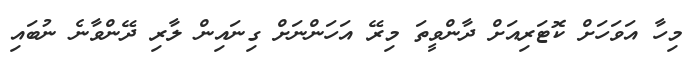
މިހާ އަވަހަށް ކޮޓަރިއަށް ދާންވީތަ މިރޭ އަހަންނަށް ގިނައިން ލާރި ދޭންވާނެ ނުބައި